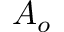
A _ { o }